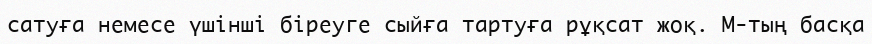
сатуға немесе үшінші біреуге сыйға тартуға рұқсат жоқ. М-тың басқа